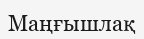
Маңғышлақ